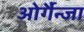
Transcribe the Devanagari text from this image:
ओर्गैन्जा